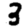
Digit: 3